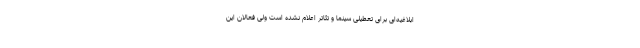
ابلاغیه‌ای برای تعطیلی سینما و تئاتر اعلام نشده است ولی فعالان این